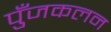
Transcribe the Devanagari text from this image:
पुँजकलन